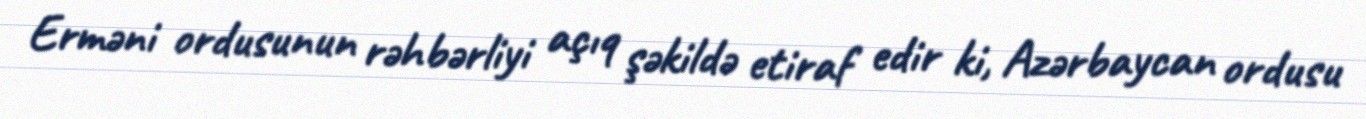
Erməni ordusunun rəhbərliyi açıq şəkildə etiraf edir ki, Azərbaycan ordusu